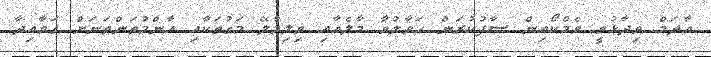
އާދަމް ވިދާޅުވީ ވެމްކޯއިން ސާފުކުރަން ހަވާލުވާ މާލެއާއި ވިލިމާލޭ މަގުތަކާއި އާންމުތަންތަނަށް ގަވާއިދާ